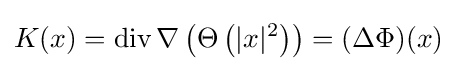
K(x)=\operatorname {div} \nabla \left(\Theta \left(|x|^{2}\right)\right)=(\Delta \Phi )(x)